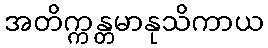
အတိက္ကန္တမာနုသိကာယ